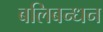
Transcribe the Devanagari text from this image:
बलिबन्धन